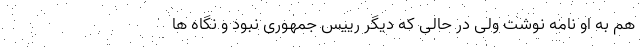
هم به او نامه نوشت ولی در حالی که دیگر رییس جمهوری نبود و نگاه ها